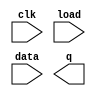
// Rule 110 is a one-dimensional cellular automaton with interesting properties (such as being Turing-complete).

// There is a one-dimensional array of cells (on or off). At each time step, the state of each cell changes. In Rule 110, the next state of each cell depends only on itself and its two neighbours, according to the following table:

// Left	Center	Right	Center's next state
// 1	1	1	0
// 1	1	0	1
// 1	0	1	1
// 1	0	0	0
// 0	1	1	1
// 0	1	0	1
// 0	0	1	1
// 0	0	0	0
// (The name "Rule 110" comes from reading the "next state" column: 01101110 is decimal 110.)

// In this circuit, create a 512-cell system (q[511:0]), and advance by one time step each clock cycle. The load input indicates the state of the system should be loaded with data[511:0]. Assume the boundaries (q[-1] and q[512]) are both zero (off).

// Hint: For an initial state of q[511:0] = 1, the first few iterations are:
//       1
//      11
//     111
//    1101
//   11111
//  110001
// 1110011
//11010111

module top_module(
    input clk,
    input load,
    input [511:0] data,
    output [511:0] q
); 

	// Insert your code here

endmodule